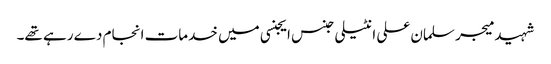
شہید میجر سلمان علی انٹیلی جنس ایجنسی میں خدمات انجام دے رہے تھے۔